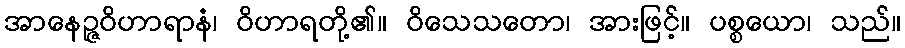
အာနေဉ္ဇဝိဟာရာနံ၊ ဝိဟာရတို့၏။ ဝိသေသတော၊ အားဖြင့်။ ပစ္စယော၊ သည်။